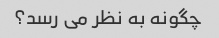
چگونه به نظر می رسد؟